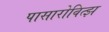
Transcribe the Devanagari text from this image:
पासारोवित्झ